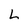
Character: L